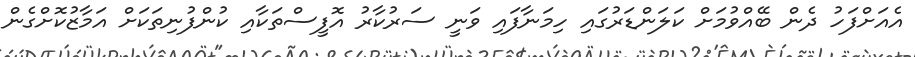
އެއަށްފަހު ދެން ބޭއްވުމަށް ކަލަންޑަރުގައި ހިމަނާފައި ވަނީ ސަރުކާރު އޮފީސްތަކާއި ކުންފުނިތަކަށް އަމާޒުކޮށްގެން